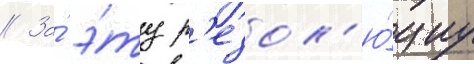
// За́ э́ту р'езол'ю́циу